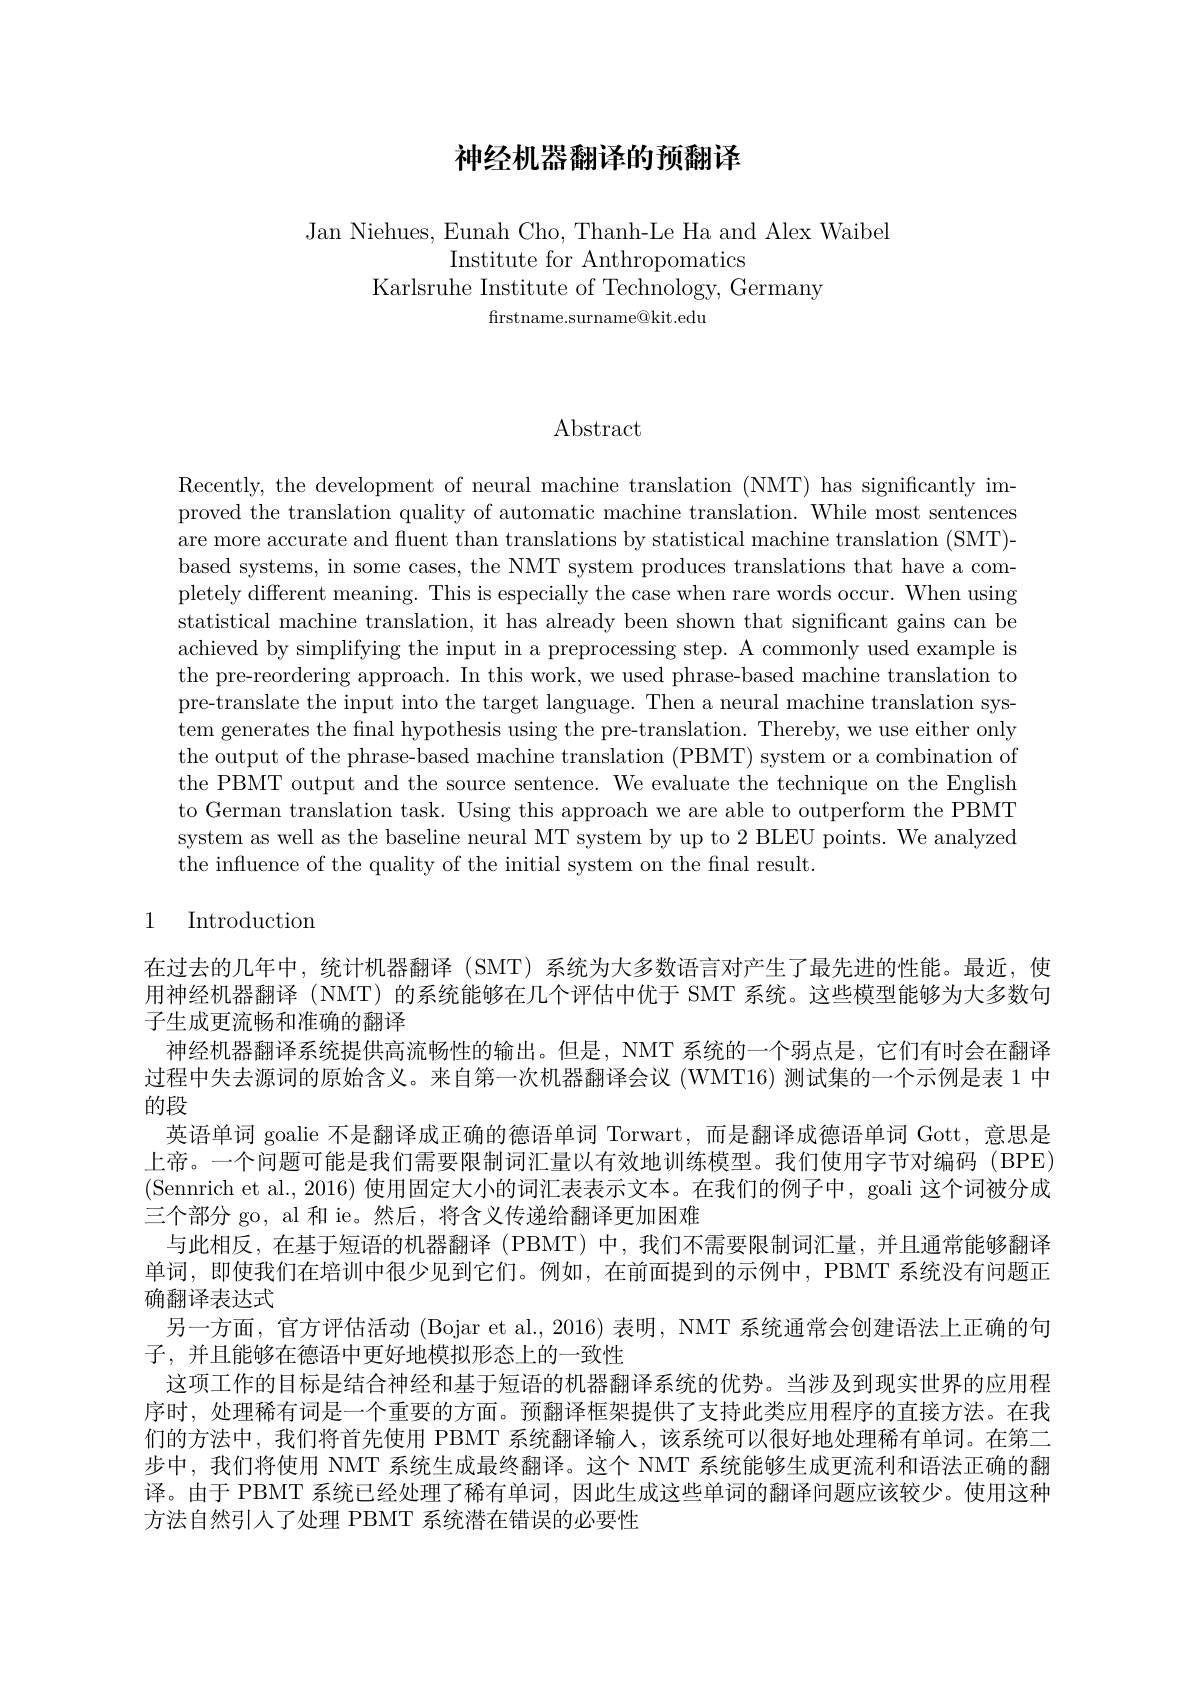
## 神经机器翻译的预翻译

Jan Niehues, Eunah Cho, Thanh-Le Ha and Alex Waibel
Institute for Anthropomatics
Karlsruhe Institute of Technology, Germany
frstname.surname@kit.edu

$\operatorname{Abstract}$

Recently, the development of neural machine translation (NMT) has significantly improved the translation quality of automatic machine translation. While most sentences are more accurate and fluent than translations by statistical machine translation (SMT)- based systems, in some cases, the NMT system produces translations that have a completely different meaning. This is especially the case when rare words occur. When using statistical machine translation, it has already been shown that significant gains can be achieved by simplifying the input in a preprocessing step. A commonly used example is the pre-reordering approach. In this work, we used phrase-based machine translation to pre-translate the input into the target language. Then a neural machine translation system generates the final hypothesis using the pre-translation. Thereby, we use either only the output of the phrase-based machine translation (PBMT) system or a combination of the PBMT output and the source sentence. We evaluate the technique on the English to German translation task. Using this approach we are able to outperform the PBMT system as well as the baseline neural MT system by up to 2 BLEU points. We analyzed the influence of the quality of the initial system on the final result.

### 1 Introduction

在过去的几年中，统计机器翻译(SMT)系统为大多数语言对产生了最先进的性能。最近，使用神经机器翻译 (NMT)的系统能够在几个评估中优于 SMT 系统。这些模型能够为大多数句子生成更流畅和准确的翻译
神经机器翻译系统提供高流畅性的输出。但是，NMT 系统的一个弱点是，它们有时会在翻译过程中失去源词的原始含义。来自第一次机器翻译会议 (WMT16)测试集的一个示例是表 1 中的段
英语单词 goalie 不是翻译成正确的德语单词 Torwart, 而是翻译成德语单词 Gott, 意思是上帝。一个问题可能是我们需要限制词汇量以有效地训练模型。我们使用字节对编码(BPE) (Sennrich et al., 2016) 使用固定大小的词汇表表示文本。在我们的例子中，goali 这个词被分成三个部分 go, al 和 ie。然后，将含义传递给翻译更加困难
与此相反，在基于短语的机器翻译 (PBMT) 中，我们不需要限制词汇量，并且通常能够翻译单词，即使我们在培训中很少见到它们。例如，在前面提到的示例中，PBMT 系统没有问题正确翻译表达式
另一方面，官方评估活动 (Bojar et al., 2016) 表明，NMT 系统通常会创建语法上正确的句
子，并且能够在德语中更好地模拟形态上的一致性
这项工作的目标是结合神经和基于短语的机器翻译系统的优势。当涉及到现实世界的应用程序时，处理稀有词是一个重要的方面。预翻译框架提供了支持此类应用程序的直接方法。在我们的方法中，我们将首先使用 PBMT 系统翻译输人，该系统可以很好地处理稀有单词。在第二步中，我们将使用 NMT 系统生成最终翻译。这个 NMT 系统能够生成更流利和语法正确的翻译。由于 PBMT 系统已经处理了稀有单词，因此生成这些单词的翻译问题应该较少。使用这种方法自然引人了处理 PBMT 系统潜在错误的必要性